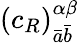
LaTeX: (c_{R})_{{\bar{a}}{\bar{b}}}^{\alpha\beta}